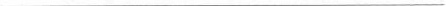
___